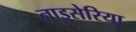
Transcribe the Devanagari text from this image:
नाइसेरिया